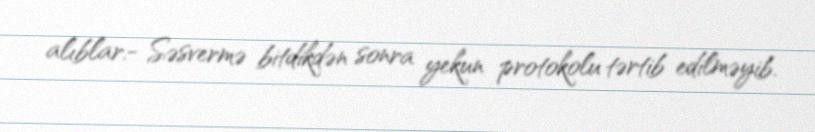
alıblar.- Səsvermə bitdikdən sonra yekun protokolu tərtib edilməyib.